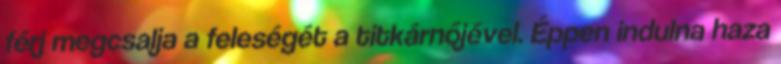
férj megcsalja a feleségét a titkárnőjével. Éppen indulna haza